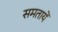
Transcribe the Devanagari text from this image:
समतायें